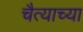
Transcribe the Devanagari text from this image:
चैत्याच्या